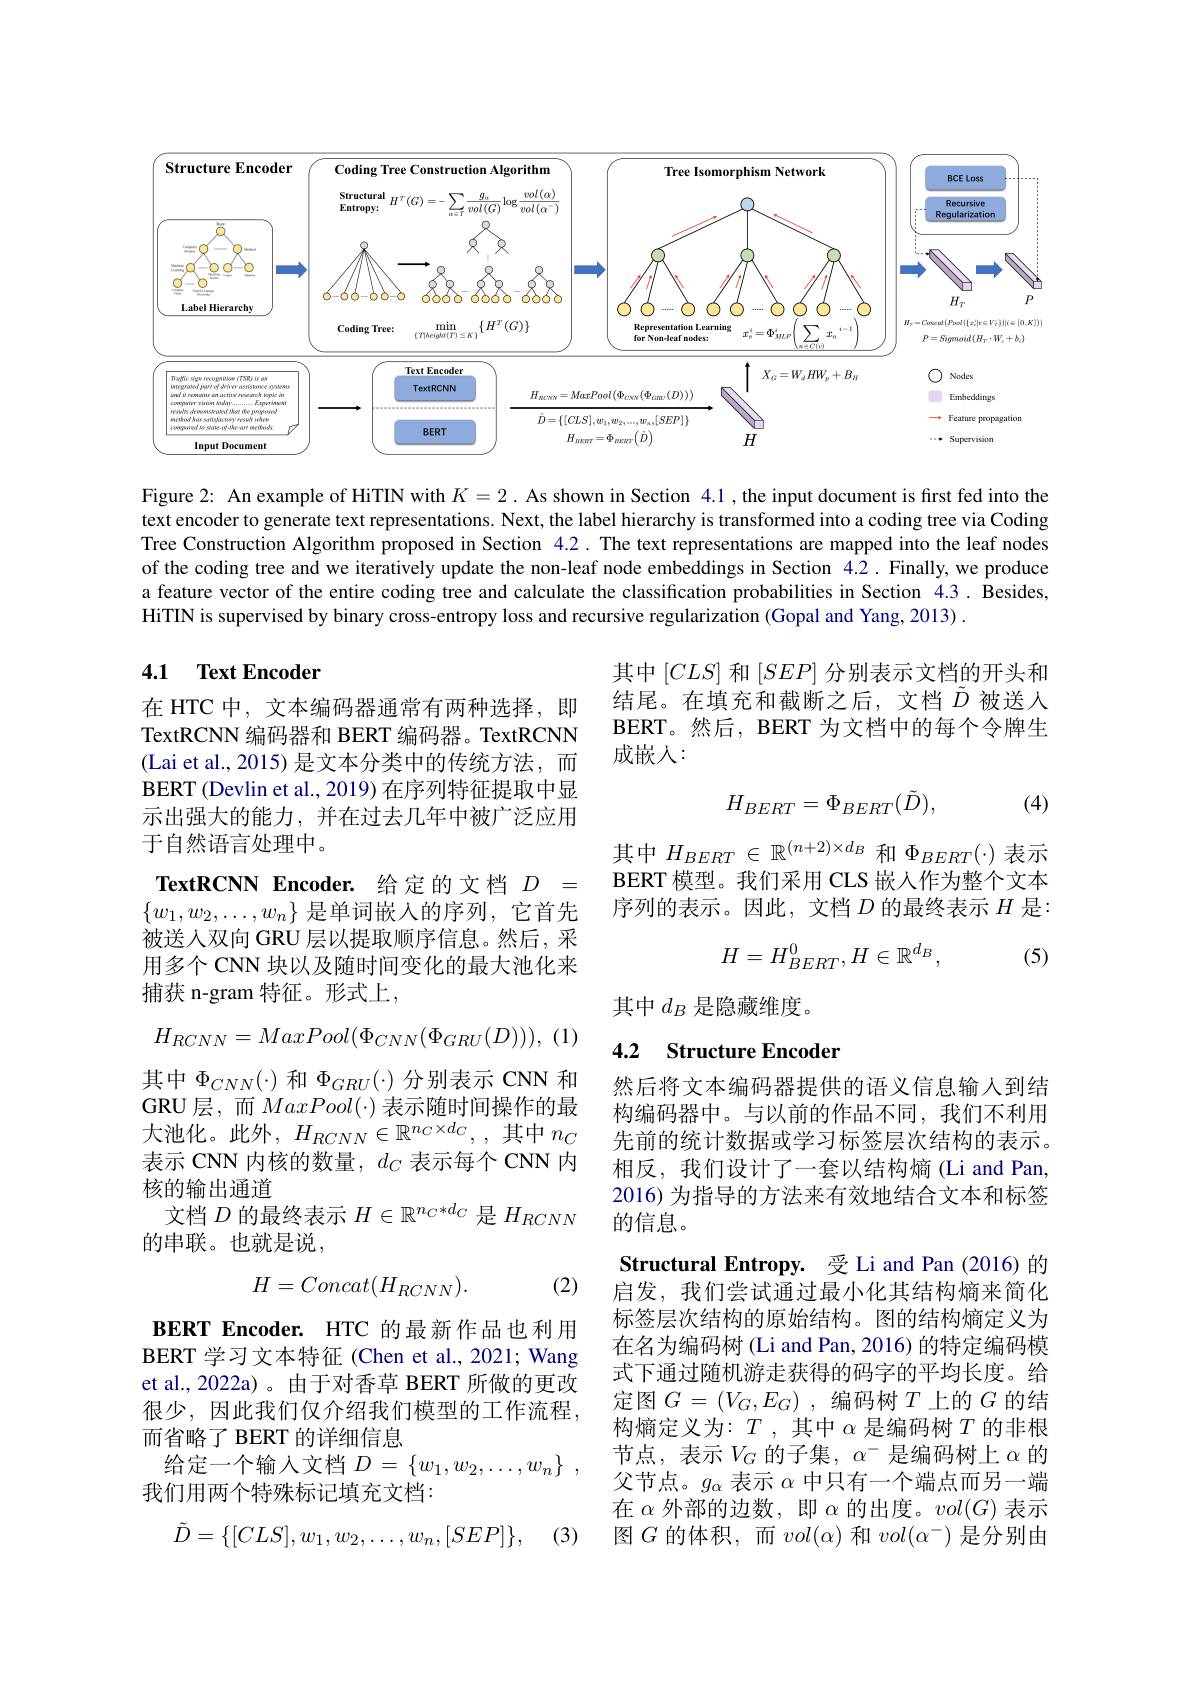
<FigureHere>

Figure 2: An example of HiTIN with $K=2$ .As shown in Section 4.1 ,the input document is first fed into the text encoder to generate text representations. Next, the label hierarchy is transformed into a coding tree via Coding Tree Construction Algorithm proposed in Section 4.2. The text representations are mapped into the leaf nodes of the coding tree and we iteratively update the non-leaf node embeddings in Section 4.2. Finally, we produce a feature vector of the entire coding tree and calculate the classification probabilities in Section 4.3. Besides, HiTIN is supervised by binary cross-entropy loss and recursive regularization (Gopal and Yang, 2013) .

## 4.1 Text Encoder

其中$[CLS]$和$[SEP]$分别表示文档的开头和结尾。在填充和截断之后，文档$\tilde{D}$被送入BERT。然后，BERT 为文档中的每个令牌生成嵌入：

在 HTC 中，文本编码器通常有两种选择，即TextRCNN 编码器和 BERT 编码器。TextRCNN (Lai et al., 2015) 是文本分类中的传统方法，而BERT (Devlin et al., 2019) 在序列特征提取中显示出强大的能力，并在过去几年中被广泛应用于自然语言处理中。

(4)
$$H_{BERT}=\Phi_{BERT}(\tilde{D}),$$
其中$H_BERT\in\mathbb{R}^{(n+2)\times d_B}$和$\Phi_BERT(\cdot)$表示BERT 模型。我们采用 CLS 嵌人作为整个文本序列的表示。因此，文档$D$的最终表示$H$是：

TextRCNN Encoder. 给定的文档$D=$ $\{w_1,w_2,\ldots,w_n\}$是单词嵌入的序列，它首先被送人双向 GRU 层以提取顺序信息。然后，采用多个 CNN 块以及随时间变化的最大池化来捕获 n-gram 特征。形式上，
$$H_{RCNN}=MaxPool(\Phi_{CNN}(\Phi_{GRU}(D))),$$
$$H=H_{BERT}^0,H\in\mathbb{R}^{d_B},$$
(5)

其中$\Phi_{CNN}(\cdot)$ 和$\Phi_{GRU}(\cdot)$ 分别表示 CNN 和GRU层，而$MaxPool(\cdot)$表示随时间操作的最大池化。此外，$H_RCNN\in\mathbb{R}^{n_C\times d_C}$,,其中$n_C$ 表示 CNN 内核的数量，$d_C$表示每个 CNN 内核的输出通道
文档$D$的最终表示$H\in\mathbb{R}^n_C*d_C$是$H_RCNN$
的串联。也就是说，

其中$d_B$是隐藏维度。

## 4.2 Structure Encoder

然后将文本编码器提供的语义信息输入到结构编码器中。与以前的作品不同，我们不利用先前的统计数据或学习标签层次结构的表示。相反，我们设计了一套以结构熵(Li and Pan, 2016) 为指导的方法来有效地结合文本和标签的信息。

(2)
$$H=Concat(H_{RCNN}).$$
Structural Entropy. 受Li and Pan (2016)的启发，我们尝试通过最小化其结构熵来简化标签层次结构的原始结构。图的结构熵定义为在名为编码树 (Li and Pan, 2016) 的特定编码模式下通过随机游走获得的码字的平均长度。给定图$G= ( V_{G}, E_{G})$ ,编码树$T$上的$G$的结构熵定义为：$T$,其中$\alpha$ 是编码树$T$的非根节点，表示$V_G$的子集，$\alpha^-$是编码树上$\alpha$的父节点。$g_\alpha$表示$\alpha$中只有一个端点而另一端在$\alpha$外部的边数，即$\alpha$的出度。$vol(G)$表示图$G$的体积，而$vol(\alpha)$和$vol(\alpha^-)$是分别由

BERT Encoder. HTC 的最新作品也利用BERT 学习文本特征 (Chen et al., 2021; Wang et al., 2022a)。由于对香草 BERT 所做的更改很少，因此我们仅介绍我们模型的工作流程， 而省略了 BERT 的详细信息
给定一个输入文档$D=\{w_1,w_2,\ldots,w_n\}~$,
我们用两个特殊标记填充文档：

(3)
$$\tilde{D}=\{[CLS],w_1,w_2,\ldots,w_n,[SEP]\},$$